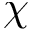
\chi